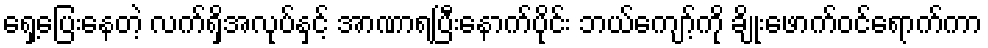
ရှေ့ပြေးနေတဲ့ လက်ရှိအလုပ်နှင့် အာဏာရပြီးနောက်ပိုင်း ဘယ်ကျော့်ကို ချိုးဖောက်ဝင်ရောက်ကာ